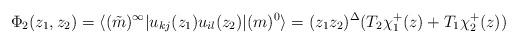
LaTeX: \begin{align*}\Phi_2 (z_1 , z_2)=\langle (\tilde{m})^{\infty}|u_{kj} (z_1)u_{il} (z_2)| (m)^0\rangle = (z_1 z_2)^{\Delta} (T_2 \chi_1^+ (z)+T_1 \chi_2^+ (z))\end{align*}